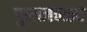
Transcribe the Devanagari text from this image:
पुलाजवळच